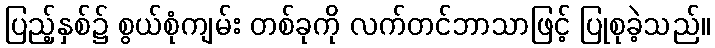
ပြည့်နှစ်၌ စွယ်စုံကျမ်း တစ်ခုကို လက်တင်ဘာသာဖြင့် ပြုစုခဲ့သည်။